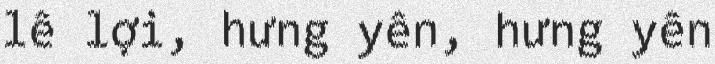
lê lợi, hưng yên, hưng yên